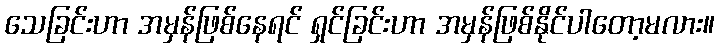
သေခြင်းဟာ အမှန်ဖြစ်နေရင် ရှင်ခြင်းဟာ အမှန်ဖြစ်နိုင်ပါတော့မလား။